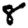
Digit: 8